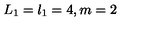
L _ { 1 } = l _ { 1 } = 4 , m = 2